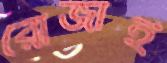
রোজাই